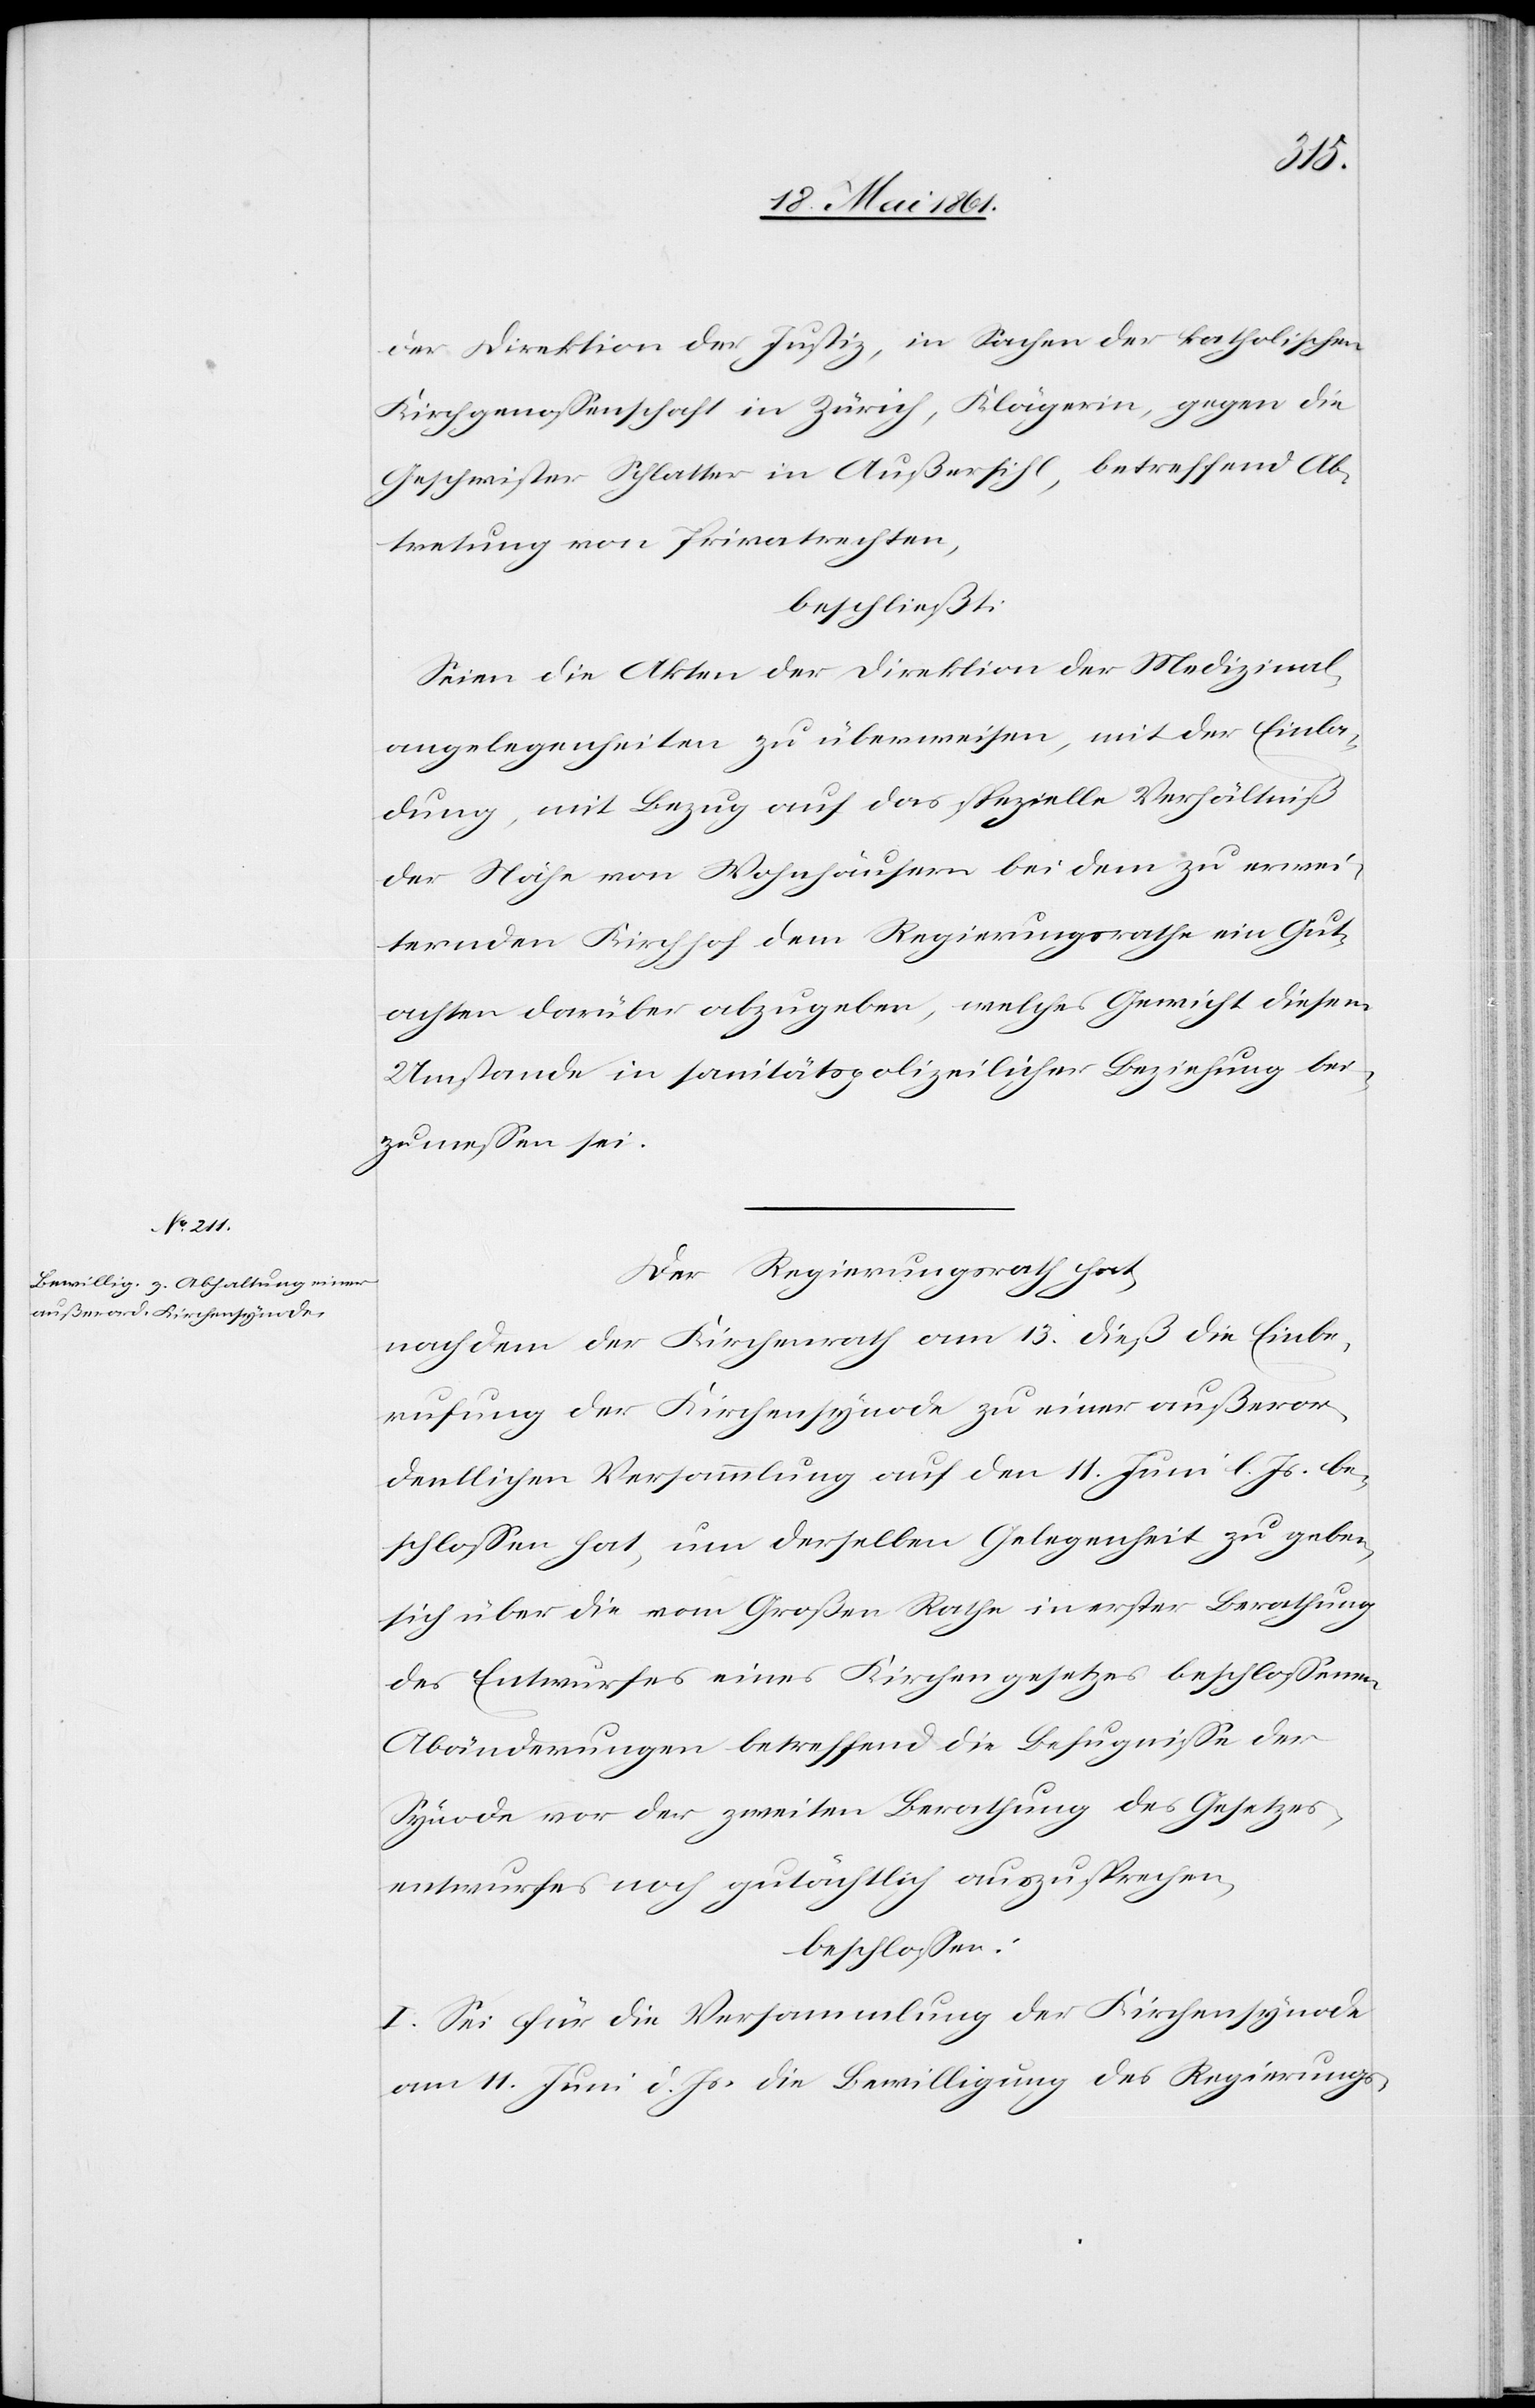
der Direktion der Justiz, in Sachen der katholischen
Kirchgenossenschaft in Zürich, Klägerin, gegen die
Geschwister Schlatter in Außersihl, betreffend Ab¬
tretung von Privatrechten,
beschließt:
Seien die Akten der Direktion der Medizinal¬
angelegenheiten zu überweisen, mit der Einla¬
dung, mit Bezug auf das spezielle Verhältniß
der Nähe von Wohnhäusern bei dem zu erwei¬
ternden Kirchhof dem Regierungsrathe ein Gut¬
achten darüber abzugeben, welches Gewicht diesem
Umstande in sanitätspolizeilicher Beziehung bei¬
zumessen sei.
Der Regierungsrath hat,
nachdem der Kirchenrath am 13. dieß die Einbe¬
rufung der Kirchensynode zu einer außeror¬
dentlichen Versammlung auf den 11. Juni l. Js. be¬
schlossen hat, um derselben Gelegenheit zu geben,
sich über die vom Großen Rathe in erster Berathung
des Entwurfes eines Kirchengesetzes beschlossenen
Abänderungen betreffend die Befugnisse der
Synode vor der zweiten Berathung des Gesetzes¬
entwurfes noch gutächtlich auszusprechen,
beschlossen:
I. Sei für die Versammlung der Kirchensynode
am 11. Juni d. Js. die Bewilligung des Regierungs-